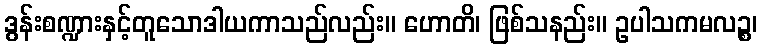
ဒွန်းစဏ္ဍားနှင့်တူသောဒါယကာသည်လည်း။ ဟောတိ၊ ဖြစ်သနည်း။ ဥပါသကမလဉ္စ၊